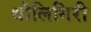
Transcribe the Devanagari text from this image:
धौलिगिरी